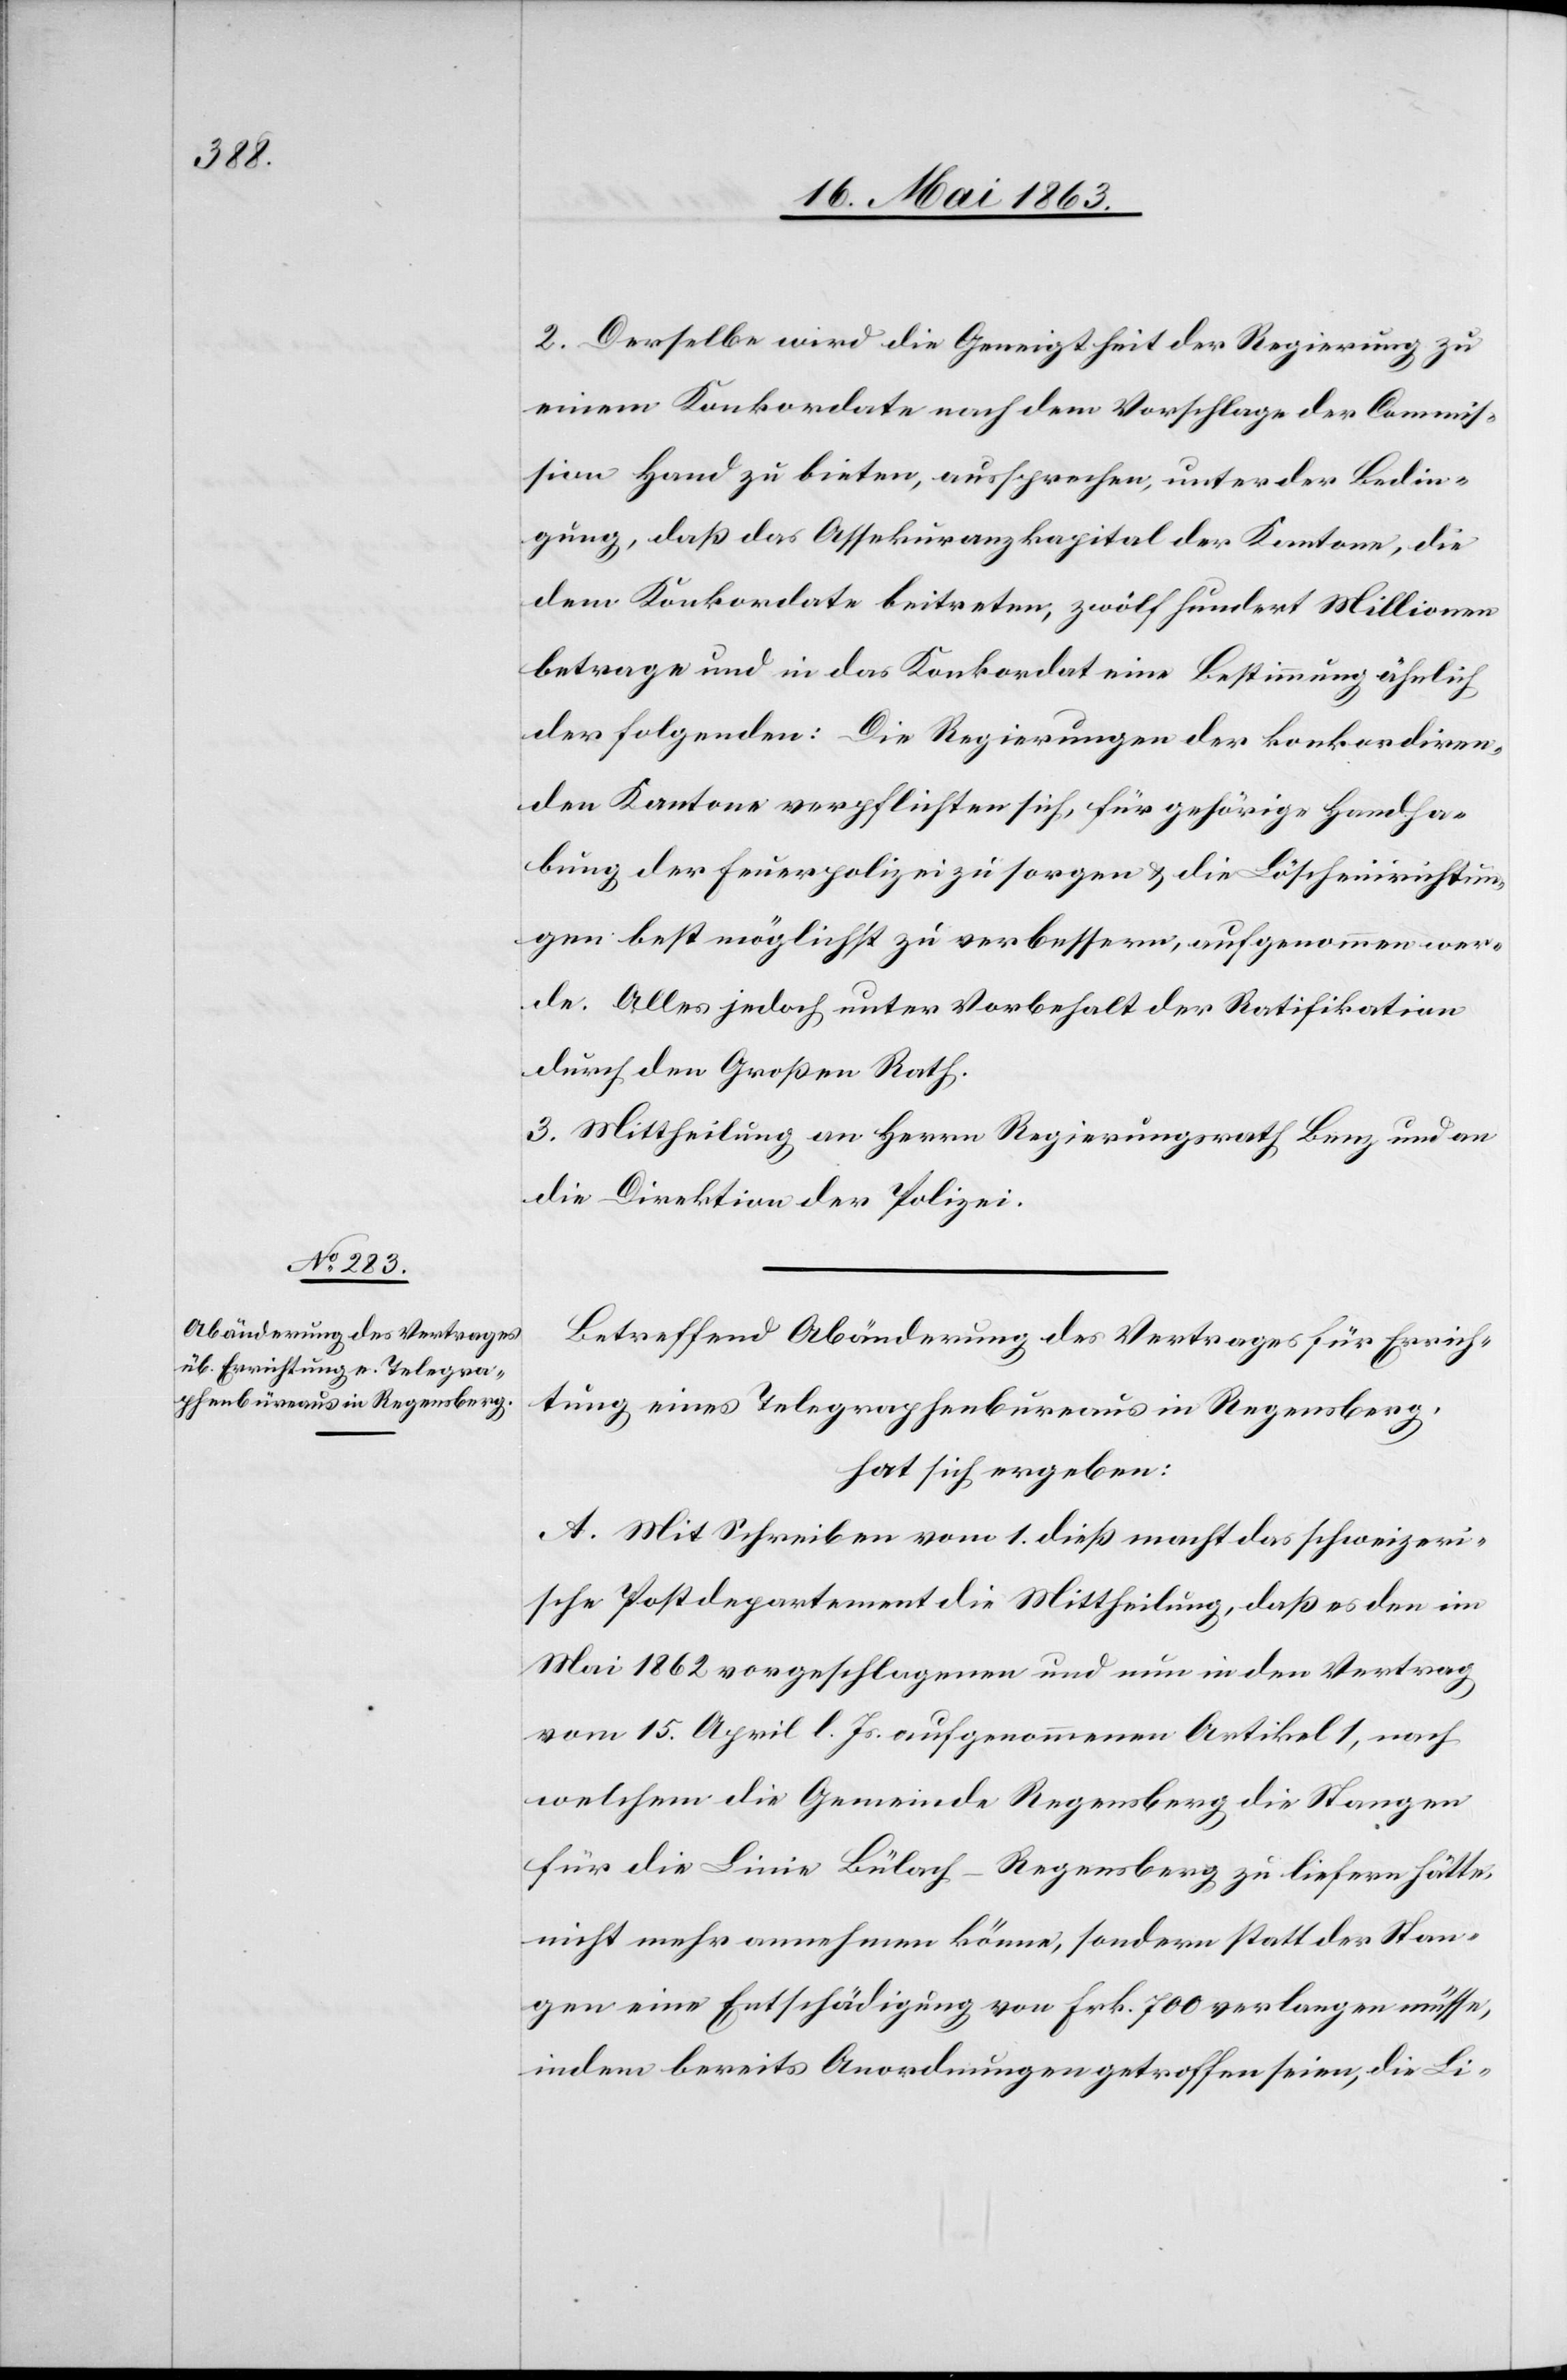
2. Derselbe wird die Geneigtheit der Regierung zu
einem Konkordate nach dem Vorschlage der Commis¬
sion Hand zu bieten, aussprechen, unter der Bedin¬
gung, daß das Assekuranzkapital der Kantone, die
dem Konkordate beitreten, zwölfhundert Millionen
betrage und in das Konkordat eine Bestimmung ähnlich
der folgenden: Die Regierungen der konkordiren¬
den Kantone verpflichten sich, für gehörige Handha¬
bung der Feuerpolizei zu sorgen & die Löscheinrichtun¬
gen bestmöglichst zu verbessern, aufgenommen wer¬
de. Alles jedoch unter Vorbehalt der Ratifikation
durch den Großen Rath.
3. Mittheilung an Herrn Regierungsrath Benz und an
die Direktion der Polizei.
Betreffend Abänderung des Vertrages für Errich¬
tung eines Telegraphenbureaus in Regensberg,
hat sich ergeben:
A. Mit Schreiben vom 1. dieß macht das schweizeri¬
sche Postdepartement die Mittheilung, daß es den im
Mai 1862 vorgeschlagenen und nun in den Vertrag
vom 15. April l. Js. aufgenommenen Artikel 1, nach
welchem die Gemeinde Regensberg die Stangen
für die Linie Bülach–Regensberg zu liefern hätte,
nicht mehr annehmen könne, sondern statt der Stan¬
gen eine Entschädigung von Frk. 700 verlangen müsse,
indem bereits Anordnungen getroffen seien, die Li-